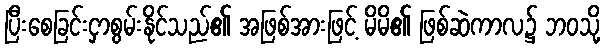
ပြီးစေခြင်းငှာစွမ်းနိုင်သည်၏ အဖြစ်အားဖြင့် မိမိ၏ ဖြစ်ဆဲကာလ၌ ဘဝသို့